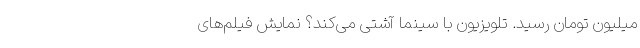
میلیون تومان رسید. تلویزیون با سینما آشتی می‌کند؟ نمایش فیلم‌های